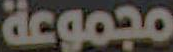
مجموعة